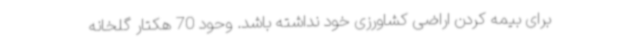
برای بیمه کردن اراضی کشاورزی خود نداشته باشد. وحود 70 هکتار گلخانه